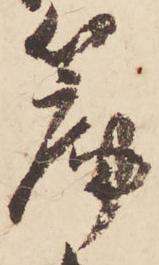
篇